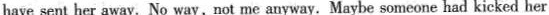
have sent her away. No way,not me anyway. Maybe someone had kicked her